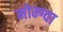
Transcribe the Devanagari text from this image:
मोम्ग्वा